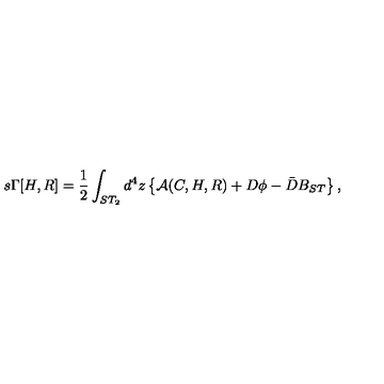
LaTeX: s \Gamma [ H , R ] = \frac { 1 } { 2 } \int _ { S T _ { 2 } } d ^ { 4 } z \left\{ { \cal A } ( C , H , R ) + D \phi - \bar { D } B _ { S T } \right\} ,